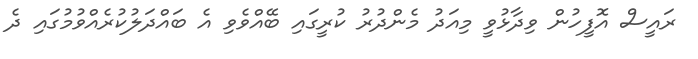
ރައީސް އޮފީހުން ވިދާޅުވީ މިއަދު މެންދުރު ކުރީގައި ބޭއްވެވި އެ ބައްދަލުކުރެއްވުމުގައި ދެ